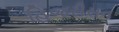
હિજરીસન